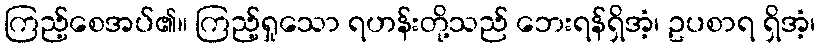
ကြည့်စေအပ်၏။ ကြည့်ရှုသော ရဟန်းတို့သည် ဘေးရန်ရှိအံ့၊ ဥပစာရ ရှိအံ့၊